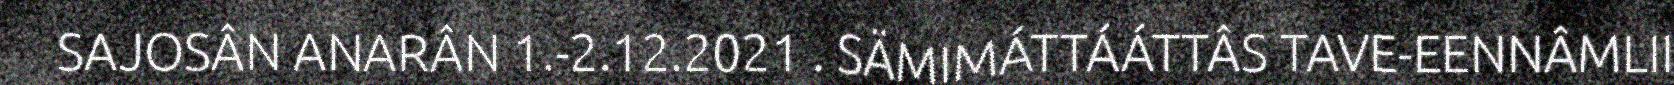
SAJOSÂN ANARÂN 1.-2.12.2021 . SÄMIMÁTTÁÁTTÂS TAVE-EENNÂMLII